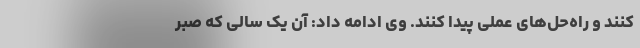
کنند و راه‌حل‌های عملی پیدا کنند. وی ادامه داد: آن یک سالی که صبر